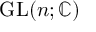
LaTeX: \mathrm { G L } ( n ; \mathbb { C } )